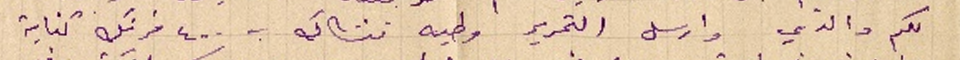
لكم والدي وارسل التحرير وطيه تشاك ب ٤٠٠ فرنك كناية